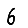
Digit: 6